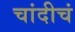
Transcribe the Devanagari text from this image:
चांदीचं